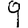
Digit: 9